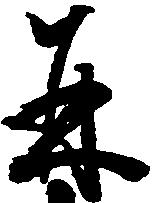
并